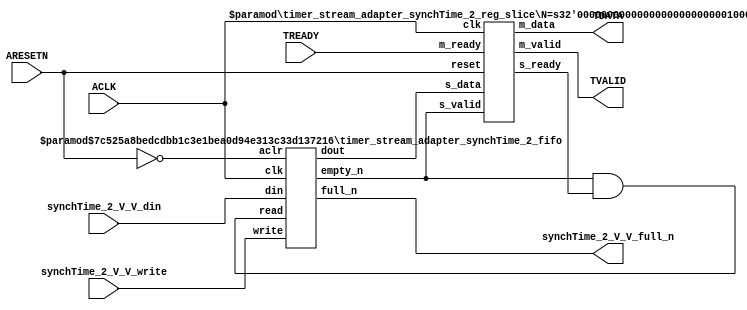
// ==============================================================
// File generated by Vivado(TM) HLS - High-Level Synthesis from C, C++ and SystemC
// Version: 2016.3
// Copyright (C) 1986-2016 Xilinx, Inc. All Rights Reserved.
// 
// ==============================================================


`timescale 1ns/1ps

module timer_stream_adapter_synchTime_2_if (
    // AXI4-Stream singals
    input  wire        ACLK,
    input  wire        ARESETN,
    output wire        TVALID,
    input  wire        TREADY,
    output wire [63:0] TDATA,
    // User signals
    input  wire [63:0] synchTime_2_V_V_din,
    output wire        synchTime_2_V_V_full_n,
    input  wire        synchTime_2_V_V_write
);
//------------------------Local signal-------------------
// FIFO
wire [0:0]  fifo_read;
wire [0:0]  fifo_empty_n;
wire [63:0] synchTime_2_V_V_dout;
wire [0:0]  synchTime_2_V_V_empty_n;
// register slice
wire [0:0]  s_valid;
wire [0:0]  s_ready;
wire [63:0] s_data;
wire [0:0]  m_valid;
wire [0:0]  m_ready;
wire [63:0] m_data;

//------------------------Instantiation------------------
// rs
timer_stream_adapter_synchTime_2_reg_slice #(
    .N       ( 64 )
) rs (
    .clk     ( ACLK ),
    .reset   ( ARESETN ),
    .s_data  ( s_data ),
    .s_valid ( s_valid ),
    .s_ready ( s_ready ),
    .m_data  ( m_data ),
    .m_valid ( m_valid ),
    .m_ready ( m_ready )
);

// synchTime_2_V_V_fifo
timer_stream_adapter_synchTime_2_fifo #(
    .DATA_BITS  ( 64 ),
    .DEPTH_BITS ( 4 )
) synchTime_2_V_V_fifo (
    .clk        ( ACLK ),
    .aclr       ( ~ARESETN ),
    .empty_n    ( synchTime_2_V_V_empty_n ),
    .full_n     ( synchTime_2_V_V_full_n ),
    .read       ( fifo_read ),
    .write      ( synchTime_2_V_V_write ),
    .dout       ( synchTime_2_V_V_dout ),
    .din        ( synchTime_2_V_V_din )
);

//------------------------Body---------------------------
//++++++++++++++++++++++++AXI4-Stream++++++++++++++++++++
assign TVALID = m_valid;
assign TDATA  = m_data[63:0];

//+++++++++++++++++++++++++++++++++++++++++++++++++++++++

//++++++++++++++++++++++++Reigister Slice++++++++++++++++
assign s_valid = fifo_empty_n;
assign m_ready = TREADY;
assign s_data  = {synchTime_2_V_V_dout};

//+++++++++++++++++++++++++++++++++++++++++++++++++++++++

//++++++++++++++++++++++++FIFO+++++++++++++++++++++++++++
assign fifo_read    = fifo_empty_n & s_ready;
assign fifo_empty_n = synchTime_2_V_V_empty_n;

//+++++++++++++++++++++++++++++++++++++++++++++++++++++++

endmodule



`timescale 1ns/1ps

module timer_stream_adapter_synchTime_2_fifo
#(parameter
    DATA_BITS  = 8,
    DEPTH_BITS = 4
)(
    input  wire                 clk,
    input  wire                 aclr,
    output wire                 empty_n,
    output wire                 full_n,
    input  wire                 read,
    input  wire                 write,
    output wire [DATA_BITS-1:0] dout,
    input  wire [DATA_BITS-1:0] din
);
//------------------------Parameter----------------------
localparam
    DEPTH = 1 << DEPTH_BITS;
//------------------------Local signal-------------------
reg                   empty;
reg                   full;
reg  [DEPTH_BITS-1:0] index;
reg  [DATA_BITS-1:0]  mem[0:DEPTH-1];
//------------------------Body---------------------------
assign empty_n = ~empty;
assign full_n  = ~full;
assign dout    = mem[index];

// empty
always @(posedge clk or posedge aclr) begin
    if (aclr)
        empty <= 1'b1;
    else if (empty & write & ~read)
        empty <= 1'b0;
    else if (~empty & ~write & read & (index==1'b0))
        empty <= 1'b1;
end

// full
always @(posedge clk or posedge aclr) begin
    if (aclr)
        full <= 1'b0;
    else if (full & read & ~write)
        full <= 1'b0;
    else if (~full & ~read & write & (index==DEPTH-2'd2))
        full <= 1'b1;
end

// index
always @(posedge clk or posedge aclr) begin
    if (aclr)
        index <= {DEPTH_BITS{1'b1}};
    else if (~empty & ~write & read)
        index <= index - 1'b1;
    else if (~full & ~read & write)
        index <= index + 1'b1;
end

// mem
always @(posedge clk) begin
    if (~full & write) mem[0] <= din;
end

genvar i;
generate
    for (i = 1; i < DEPTH; i = i + 1) begin : gen_sr
        always @(posedge clk) begin
            if (~full & write) mem[i] <= mem[i-1];
        end
    end
endgenerate

endmodule

`timescale 1ns/1ps

module timer_stream_adapter_synchTime_2_reg_slice
#(parameter
    N = 8   // data width
) (
    // system signals
    input  wire         clk,
    input  wire         reset,
    // slave side
    input  wire [N-1:0] s_data,
    input  wire         s_valid,
    output wire         s_ready,
    // master side
    output wire [N-1:0] m_data,
    output wire         m_valid,
    input  wire         m_ready
);
//------------------------Parameter----------------------
// state
localparam [1:0]
    ZERO = 2'b10,
    ONE  = 2'b11,
    TWO  = 2'b01;
//------------------------Local signal-------------------
reg  [N-1:0] data_p1;
reg  [N-1:0] data_p2;
wire         load_p1;
wire         load_p2;
wire         load_p1_from_p2;
reg          s_ready_t;
reg  [1:0]   state;
reg  [1:0]   next;
//------------------------Body---------------------------
assign s_ready = s_ready_t;
assign m_data  = data_p1;
assign m_valid = state[0];

assign load_p1 = (state == ZERO && s_valid) ||
                 (state == ONE && s_valid && m_ready) ||
                 (state == TWO && m_ready);
assign load_p2 = s_valid & s_ready;
assign load_p1_from_p2 = (state == TWO);

// data_p1
always @(posedge clk) begin
    if (load_p1) begin
        if (load_p1_from_p2)
            data_p1 <= data_p2;
        else
            data_p1 <= s_data;
    end
end

// data_p2
always @(posedge clk) begin
    if (load_p2) data_p2 <= s_data;
end

// s_ready_t
always @(posedge clk) begin
    if (~reset)
        s_ready_t <= 1'b0;
    else if (state == ZERO)
        s_ready_t <= 1'b1;
    else if (state == ONE && next == TWO)
        s_ready_t <= 1'b0;
    else if (state == TWO && next == ONE)
        s_ready_t <= 1'b1;
end

// state
always @(posedge clk) begin
    if (~reset)
        state <= ZERO;
    else
        state <= next;
end

// next
always @(*) begin
    case (state)
        ZERO:
            if (s_valid & s_ready)
                next = ONE;
            else
                next = ZERO;
        ONE:
            if (~s_valid & m_ready)
                next = ZERO;
            else if (s_valid & ~m_ready)
                next = TWO;
            else
                next = ONE;
        TWO:
            if (m_ready)
                next = ONE;
            else
                next = TWO;
        default:
            next = ZERO;
    endcase
end

endmodule